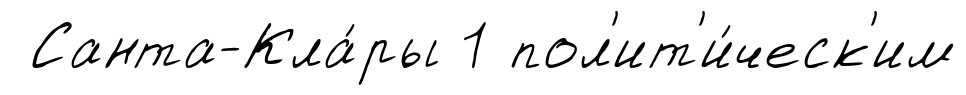
Санта-Кла́ры 1 пол'ит'и́ческ'им